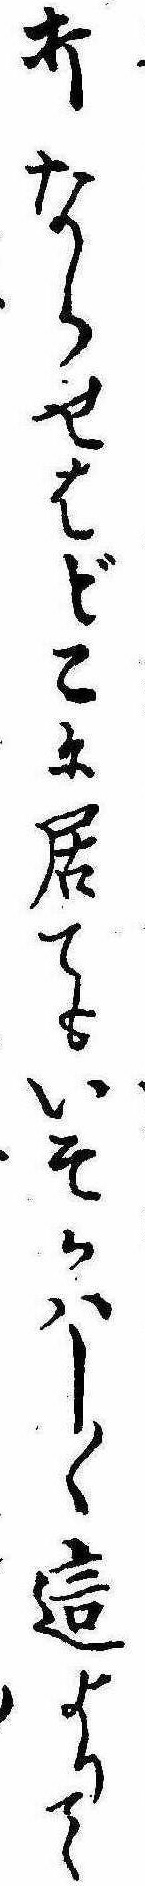
打ならせはどこに居てもいそかはしく這よりて